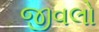
જીવલો